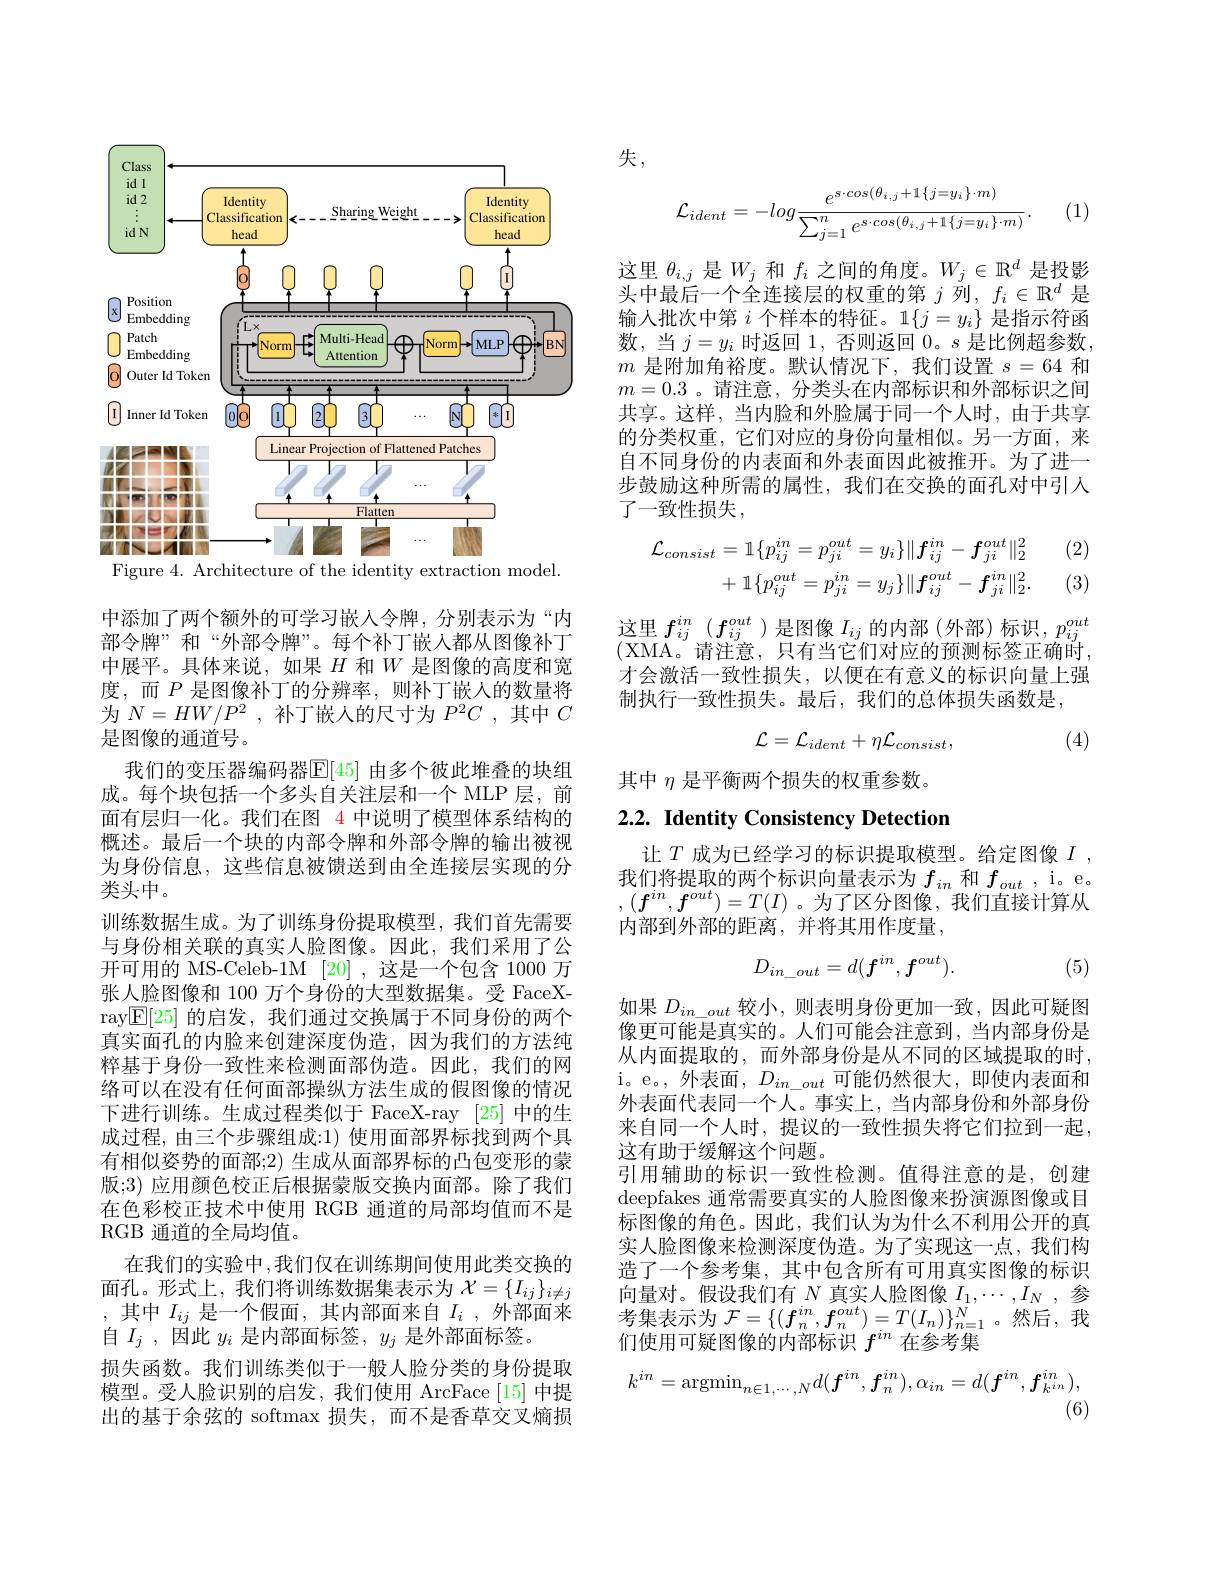
<FigureHere>
Figure 4. Architecture of the identity extraction model.

中添加了两个额外的可学习嵌入令牌，分别表示为“内部令牌”和“外部令牌”。每个补丁嵌入都从图像补丁中展平。具体来说，如果$H$和$W$是图像的高度和宽度，而$P$ 是图像补丁的分辨率，则补丁嵌入的数量将为$N= HW/ P^{2}$ ,补丁嵌人的尺寸为$P^2C$ ,其中$C$ 是图像的通道号。
我们的变压器编码器$\mathbb{E}[45]$ 由多个彼此堆叠的块组成。每个块包括一个多头自关注层和一个 MLP 层，前面有层归一化。我们在图 4 中说明了模型体系结构的概述。最后一个块的内部令牌和外部令牌的输出被视为身份信息，这些信息被馈送到由全连接层实现的分类头中。
训练数据生成。为了训练身份提取模型，我们首先需要与身份相关联的真实人脸图像。因此，我们采用了公开可用的 MS-Celeb-1M [20] ,这是一个包含 1000 万张人脸图像和 100 万个身份的大型数据集。受 FaceXray$\boxed{\mathbb{E}}[25]$的启发，我们通过交换属于不同身份的两个真实面孔的内脸来创建深度伪造，因为我们的方法纯粹基于身份一致性来检测面部伪造。因此，我们的网络可以在没有任何面部操纵方法生成的假图像的情况下进行训练。生成过程类似于 FaceX-ray [25]中的生成过程，由三个步骤组成：1) 使用面部界标找到两个具有相似姿势的面部；2) 生成从面部界标的凸包变形的蒙版；3) 应用颜色校正后根据蒙版交换内面部。除了我们在色彩校正技术中使用 RGB 通道的局部均值而不是RGB 通道的全局均值。
在我们的实验中，我们仅在训练期间使用此类交换的面孔。形式上，我们将训练数据集表示为$\mathcal{X}=\{I_{ij}\}_{i\neq j}$ ,其中$I_ij$ 是一个假面，其内部面来自$I_i$,外部面来自$I_j$ ,因此$y_i$是内部面标签，$y_j$是外部面标签。
损失函数。我们训练类似于一般人脸分类的身份提取模型。受人脸识别的启发，我们使用 ArcFace[15] 中提出的基于余弦的 softmax 损失，而不是香草交叉熵损

失，

(1)
$$\mathcal{L}_{ident}=-log\frac{e^{s\cdot cos(\theta_{i,j}+1\{j=y_{i}\}\cdot m)}}{\sum_{j=1}^{n}e^{s\cdot cos(\theta_{i,j}+1\{j=y_{i}\}\cdot m)}}.$$
这里$\theta_i,j$是$W_j$和$f_i$之间的角度。$W_j\in\mathbb{R}^d$是投影头中最后一个全连接层的权重的第$j$列，$f_i\in\mathbb{R}^d$是输入批次中第$i$个样本的特征。1$\{j=y_i\}$是指示符函数，当$j=y_i$时返回 1, 否则返回0。$s$是比例超参数， $m$是附加角裕度。默认情况下，我们设置$s=64$和$m=0.3$ 。请注意，分类头在内部标识和外部标识之间共享。这样，当内脸和外脸属于同一个人时，由于共享的分类权重，它们对应的身份向量相似。另一方面，来自不同身份的内表面和外表面因此被推开。为了进一步鼓励这种所需的属性，我们在交换的面孔对中引入了一致性损失，

(2) (3)
$$\begin{aligned}\mathcal{L}_{consist}&=1\{p_{ij}^{in}=p_{ji}^{out}=y_{i}\}\|f_{ij}^{in}-f_{ji}^{out}\|_{2}^{2}\\&+1\{p_{ij}^{out}=p_{ji}^{in}=y_{j}\}\|f_{ij}^{out}-f_{ji}^{in}\|_{2}^{2}.\end{aligned}$$
这里$f_{ij}^{in}\left(f_{ij}^{out}\right)$是图像$I_ij$的内部 (外部)标识，$p_ij^{out}$ (XMA。请注意，只有当它们对应的预测标签正确时， 才会激活一致性损失，以便在有意义的标识向量上强制执行一致性损失。最后，我们的总体损失函数是，
$$\mathcal{L}=\mathcal{L}_{ident}+\eta\mathcal{L}_{consist},$$
(4)

其中$\eta$是平衡两个损失的权重参数。

# 2.2. Identity Consistency Detection

让$T$成为已经学习的标识提取模型。给定图像$I$, 我们将提取的两个标识向量表示为$f_{in}$和$f_{out}$ , i。e。$,(\boldsymbol{f}^{in},\boldsymbol{f}^{out})=T(I)$。为了区分图像，我们直接计算从内部到外部的距离，并将其用作度量，
$$D_{in_out}=d(f^{in},f^{out}).$$
(5)

如果$D_{in\_out}$较小，则表明身份更加一致，因此可疑图像更可能是真实的。人们可能会注意到，当内部身份是从内面提取的，而外部身份是从不同的区域提取的时， i。e。,外表面，$D_{in\_out}$可能仍然很大，即使内表面和外表面代表同一个人。事实上，当内部身份和外部身份来自同一个人时，提议的一致性损失将它们拉到一起， 这有助于缓解这个问题。
引用辅助的标识一致性检测。值得注意的是，创建deepfakes 通常需要真实的人脸图像来扮演源图像或目标图像的角色。因此，我们认为为什么不利用公开的真实人脸图像来检测深度伪造。为了实现这一点，我们构造了一个参考集，其中包含所有可用真实图像的标识向量对。假设我们有$N$真实人脸图像$I_1,\cdots,I_N$参考集表示为$\mathcal{F}=\{(\boldsymbol{f}_n^{in},\boldsymbol{f}_n^{out})=T(I_n)\}_{n=1}^N$。然后，我们使用可疑图像的内部标识$f^{in}$在参考集
$$k^{in}=\mathrm{argmin}_{n\in1,\cdots,N}d(\boldsymbol{f}^{in},\boldsymbol{f}_{n}^{in}),\alpha_{in}=d(\boldsymbol{f}^{in},\boldsymbol{f}_{k^{in}}^{in}),$$
(6)